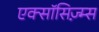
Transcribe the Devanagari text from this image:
एक्सॉसिज़्म्स